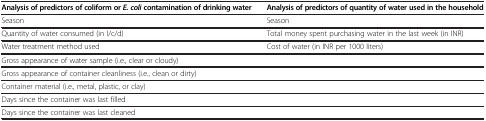
<table><thead><tr><td><b>Analysis of predictors of coliform or <i>E. coli </i>contamination of drinking water</b></td><td><b>Analysis of predictors of quantity of water used in the household</b></td></tr></thead><tbody><tr><td>Season</td><td>Season</td></tr><tr><td>Quantity of water consumed (in l/c/d)</td><td>Total money spent purchasing water in the last week (in INR)</td></tr><tr><td>Water treatment method used</td><td>Cost of water (in INR per 1000 liters)</td></tr><tr><td>Gross appearance of water sample (i.e., clear or cloudy)</td><td> </td></tr><tr><td>Gross appearance of container cleanliness (i.e., clean or dirty)</td><td> </td></tr><tr><td>Container material (i.e., metal, plastic, or clay)</td><td> </td></tr><tr><td>Days since the container was last filled</td><td> </td></tr><tr><td>Days since the container was last cleaned</td><td> </td></tr></tbody></table>